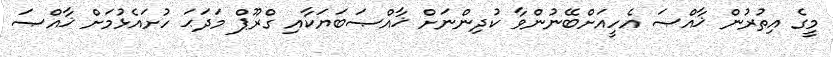
މީގެ އިތުރުން ޚާއްޞަ އެހީއަށްބޭނުންވާ ކުދިންނަށް ޚާއްޞަބަޔަކާއި ގްރޫޕް މަދަޙަ ހުށައެޅުމަށް ޚާއްޞަ